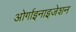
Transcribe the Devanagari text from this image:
ओर्गाइनाइजेशन